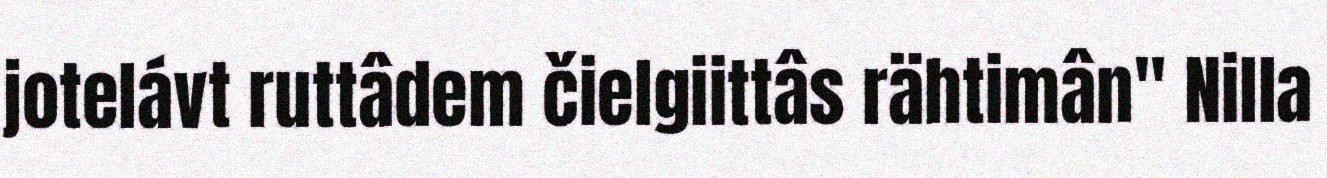
jotelávt ruttâdem čielgiittâs rähtimân" Nilla